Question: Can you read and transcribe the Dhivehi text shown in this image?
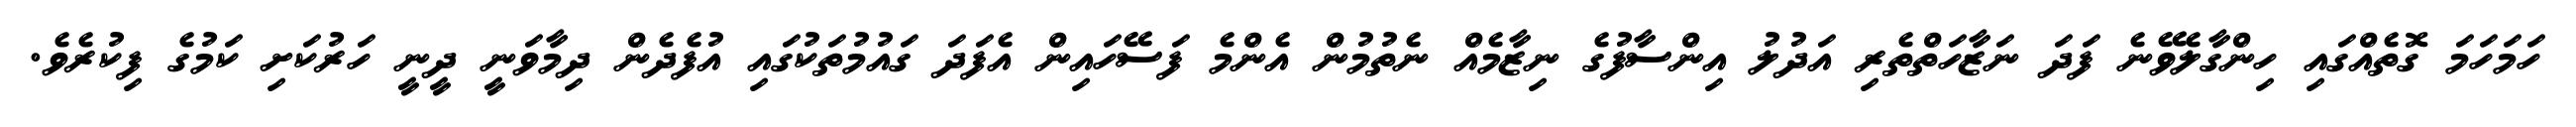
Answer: ހަމަހަމަ ގޮތެއްގައި ހިންގާލެވޭނެ ފަދަ ނަޒާހަތްތެރި އަދުލު އިންސާފުގެ ނިޒާމެއް ނެތުމުން އެންމެ ފަސޭހައިން އެފަދަ ގައުމުތަކުގައި އުފެދެން ދިމާވަނީ ދީނީ ހަރުކަށި ކަމުގެ ފިކުރެވެ.